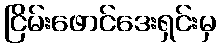
ငြိမ်းဖောင်ဒေးရှင်းမှ